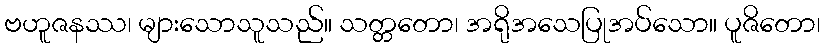
ဗဟူဇနဿ၊ များသောသူသည်။ သတ္တတော၊ အရိုအသေပြုအပ်သော။ ပူဇိတော၊